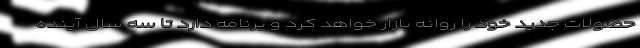
حصولات جدید خود را روانه بازار خواهد کرد و برنامه دارد تا سه سال آینده